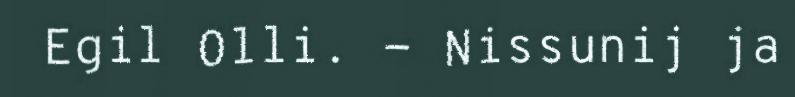
Egil Olli. - Nissunij ja